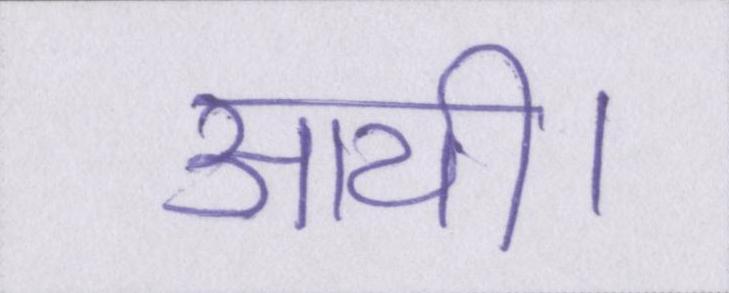
आयी।